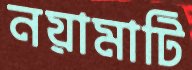
নয়ামাটি